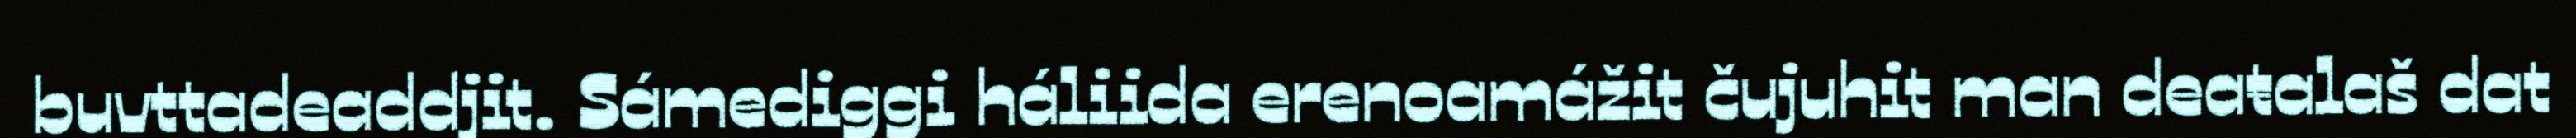
buvttadeaddjit. Sámediggi háliida erenoamážit čujuhit man deaŧalaš dat